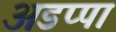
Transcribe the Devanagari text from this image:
अडप्पा